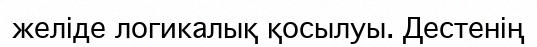
желіде логикалық қосылуы. Дестенің